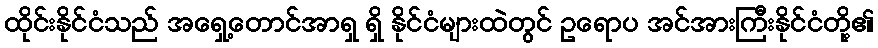
ထိုင်းနိုင်ငံသည် အရှေ့တောင်အာရှ ရှိ နိုင်ငံများထဲတွင် ဥရောပ အင်အားကြီးနိုင်ငံတို့၏